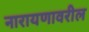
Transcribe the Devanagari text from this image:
नारायणावरील